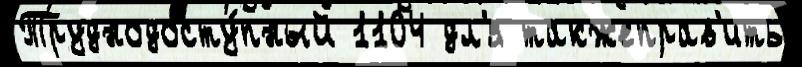
Труднодосту́пный 1104 дл'я такжеправ'ить